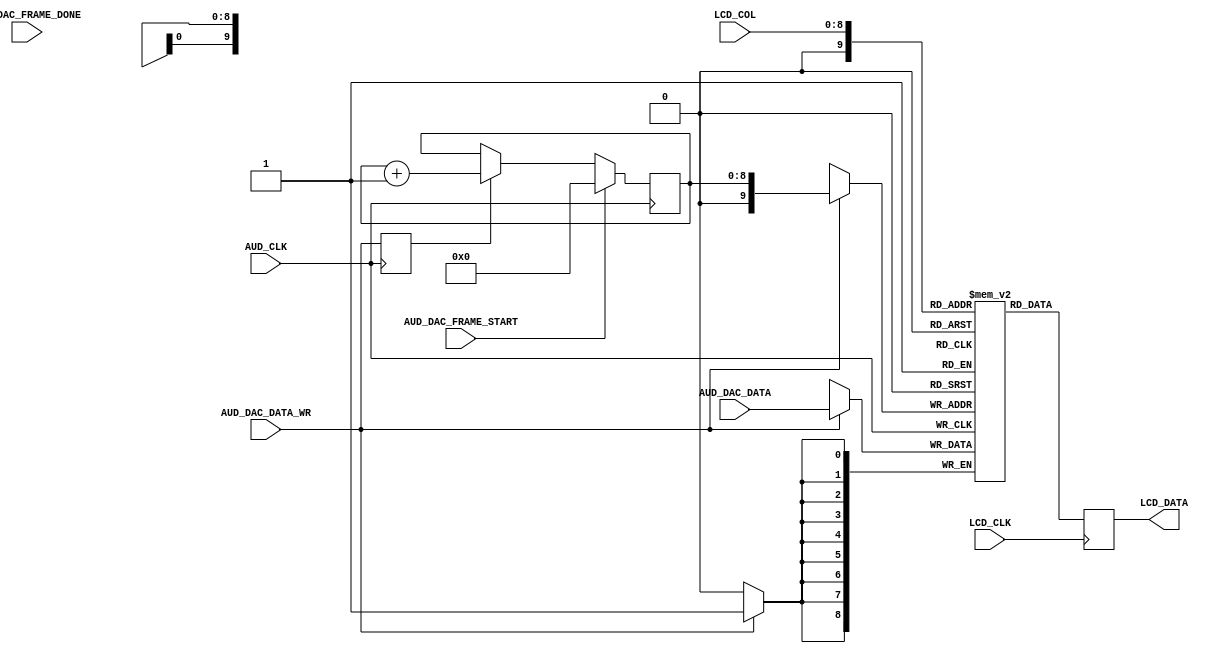
`timescale 1ns / 1ps
//////////////////////////////////////////////////////////////////////////////////
// Company: Case Western Reserve University
// 
// Project Name:   EECS301 Digital Design
// Design Name:    Lab #7 Project
// Module Name:    LCD_Display_Sample_Buffer
// Target Devices: Altera Cyclone V
// Tool versions:  Quartus v15.0
// Description:    LCD Display Sample Buffer
//                 
// Dependencies:   
//
//////////////////////////////////////////////////////////////////////////////////

module LCD_Display_Sample_Buffer
#(
	parameter DATA_WIDTH = 9
)
(
	// Audio DAC Interface Signals (AUD_CLK Domain)
	input                   AUD_DAC_FRAME_START,
	input                   AUD_DAC_FRAME_DONE,
	input                   AUD_DAC_DATA_WR,
	input  [DATA_WIDTH-1:0] AUD_DAC_DATA,
	input                   AUD_CLK,
	
	// LCD Display Interface Signals (LCD_CLK Domain)
	input                 [8:0] LCD_COL,
	output reg [DATA_WIDTH-1:0] LCD_DATA,
	input                       LCD_CLK
);

	localparam ADDR_WIDTH = 9;
	localparam FRAME_NUM = 2;

	// Frame Status Flags
	wire active_frame = 1'b0;
	wire shadow_frame = 1'b0;
	
	
	//
	// DAC Channel Address Auto-Increment
	//
	reg                  dac_addr_inc;
	reg [ADDR_WIDTH-1:0] dac_chan_addr;
	
	initial
	begin
		dac_addr_inc <= 1'b0;
		dac_chan_addr <= {ADDR_WIDTH{1'b0}};
	end
	
	// After Data Write, Increment the Address
	always @(posedge AUD_CLK)
	begin
		dac_addr_inc <= AUD_DAC_DATA_WR;
	end
	
	// Address Register
	always @(posedge AUD_CLK)
	begin
		if (AUD_DAC_FRAME_START)
			dac_chan_addr <= {ADDR_WIDTH{1'b0}};
		else if (dac_addr_inc)
			dac_chan_addr <= dac_chan_addr + 1'b1;
	end
	
	
	//
	// Dual-Port Memory Buffer
	//
	localparam RAM_SIZE = (2**ADDR_WIDTH) * FRAME_NUM;
	
	// Variable width, variable depth RAM register
	reg [DATA_WIDTH-1:0] ram [RAM_SIZE-1:0] /* synthesis ramstyle = "no_rw_check, M10K" */;

	integer i;
	initial
	begin
		for (i = 0; i < RAM_SIZE; i=i+1)
			ram[i] <= {DATA_WIDTH{1'b1}};
	end
	
	// Audio DAC Write Port
	always @(posedge AUD_CLK)
	begin
		if (AUD_DAC_DATA_WR)
			ram[{ shadow_frame, dac_chan_addr }] <= AUD_DAC_DATA;
	end

	// LCD Data Read Port
	always @(posedge LCD_CLK)
	begin
		LCD_DATA <= ram[{ active_frame, LCD_COL }];
	end

endmodule